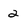
Character: 2